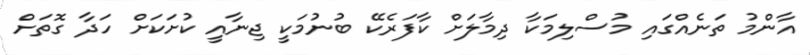
އާންމު ތަނެއްގައި މުސްލިމަކާ ދިމާލަށް ކާފަރެކޭ ބުނުމަކީ ޖިނާއީ ކުށަކަށް ހަދާ ގޮތަށް